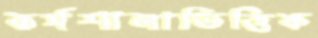
কর্মশালাভিত্তিক